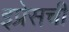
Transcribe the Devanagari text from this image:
इप्रेसची